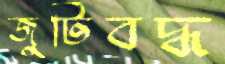
জুটিবদ্ধ